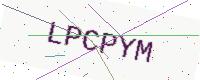
Text: LPCPYM